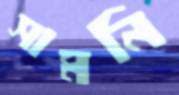
সামনি